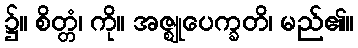
၌။ စိတ္တံ၊ ကို။ အဇ္ဈုပေက္ခတိ၊ မည်၏။